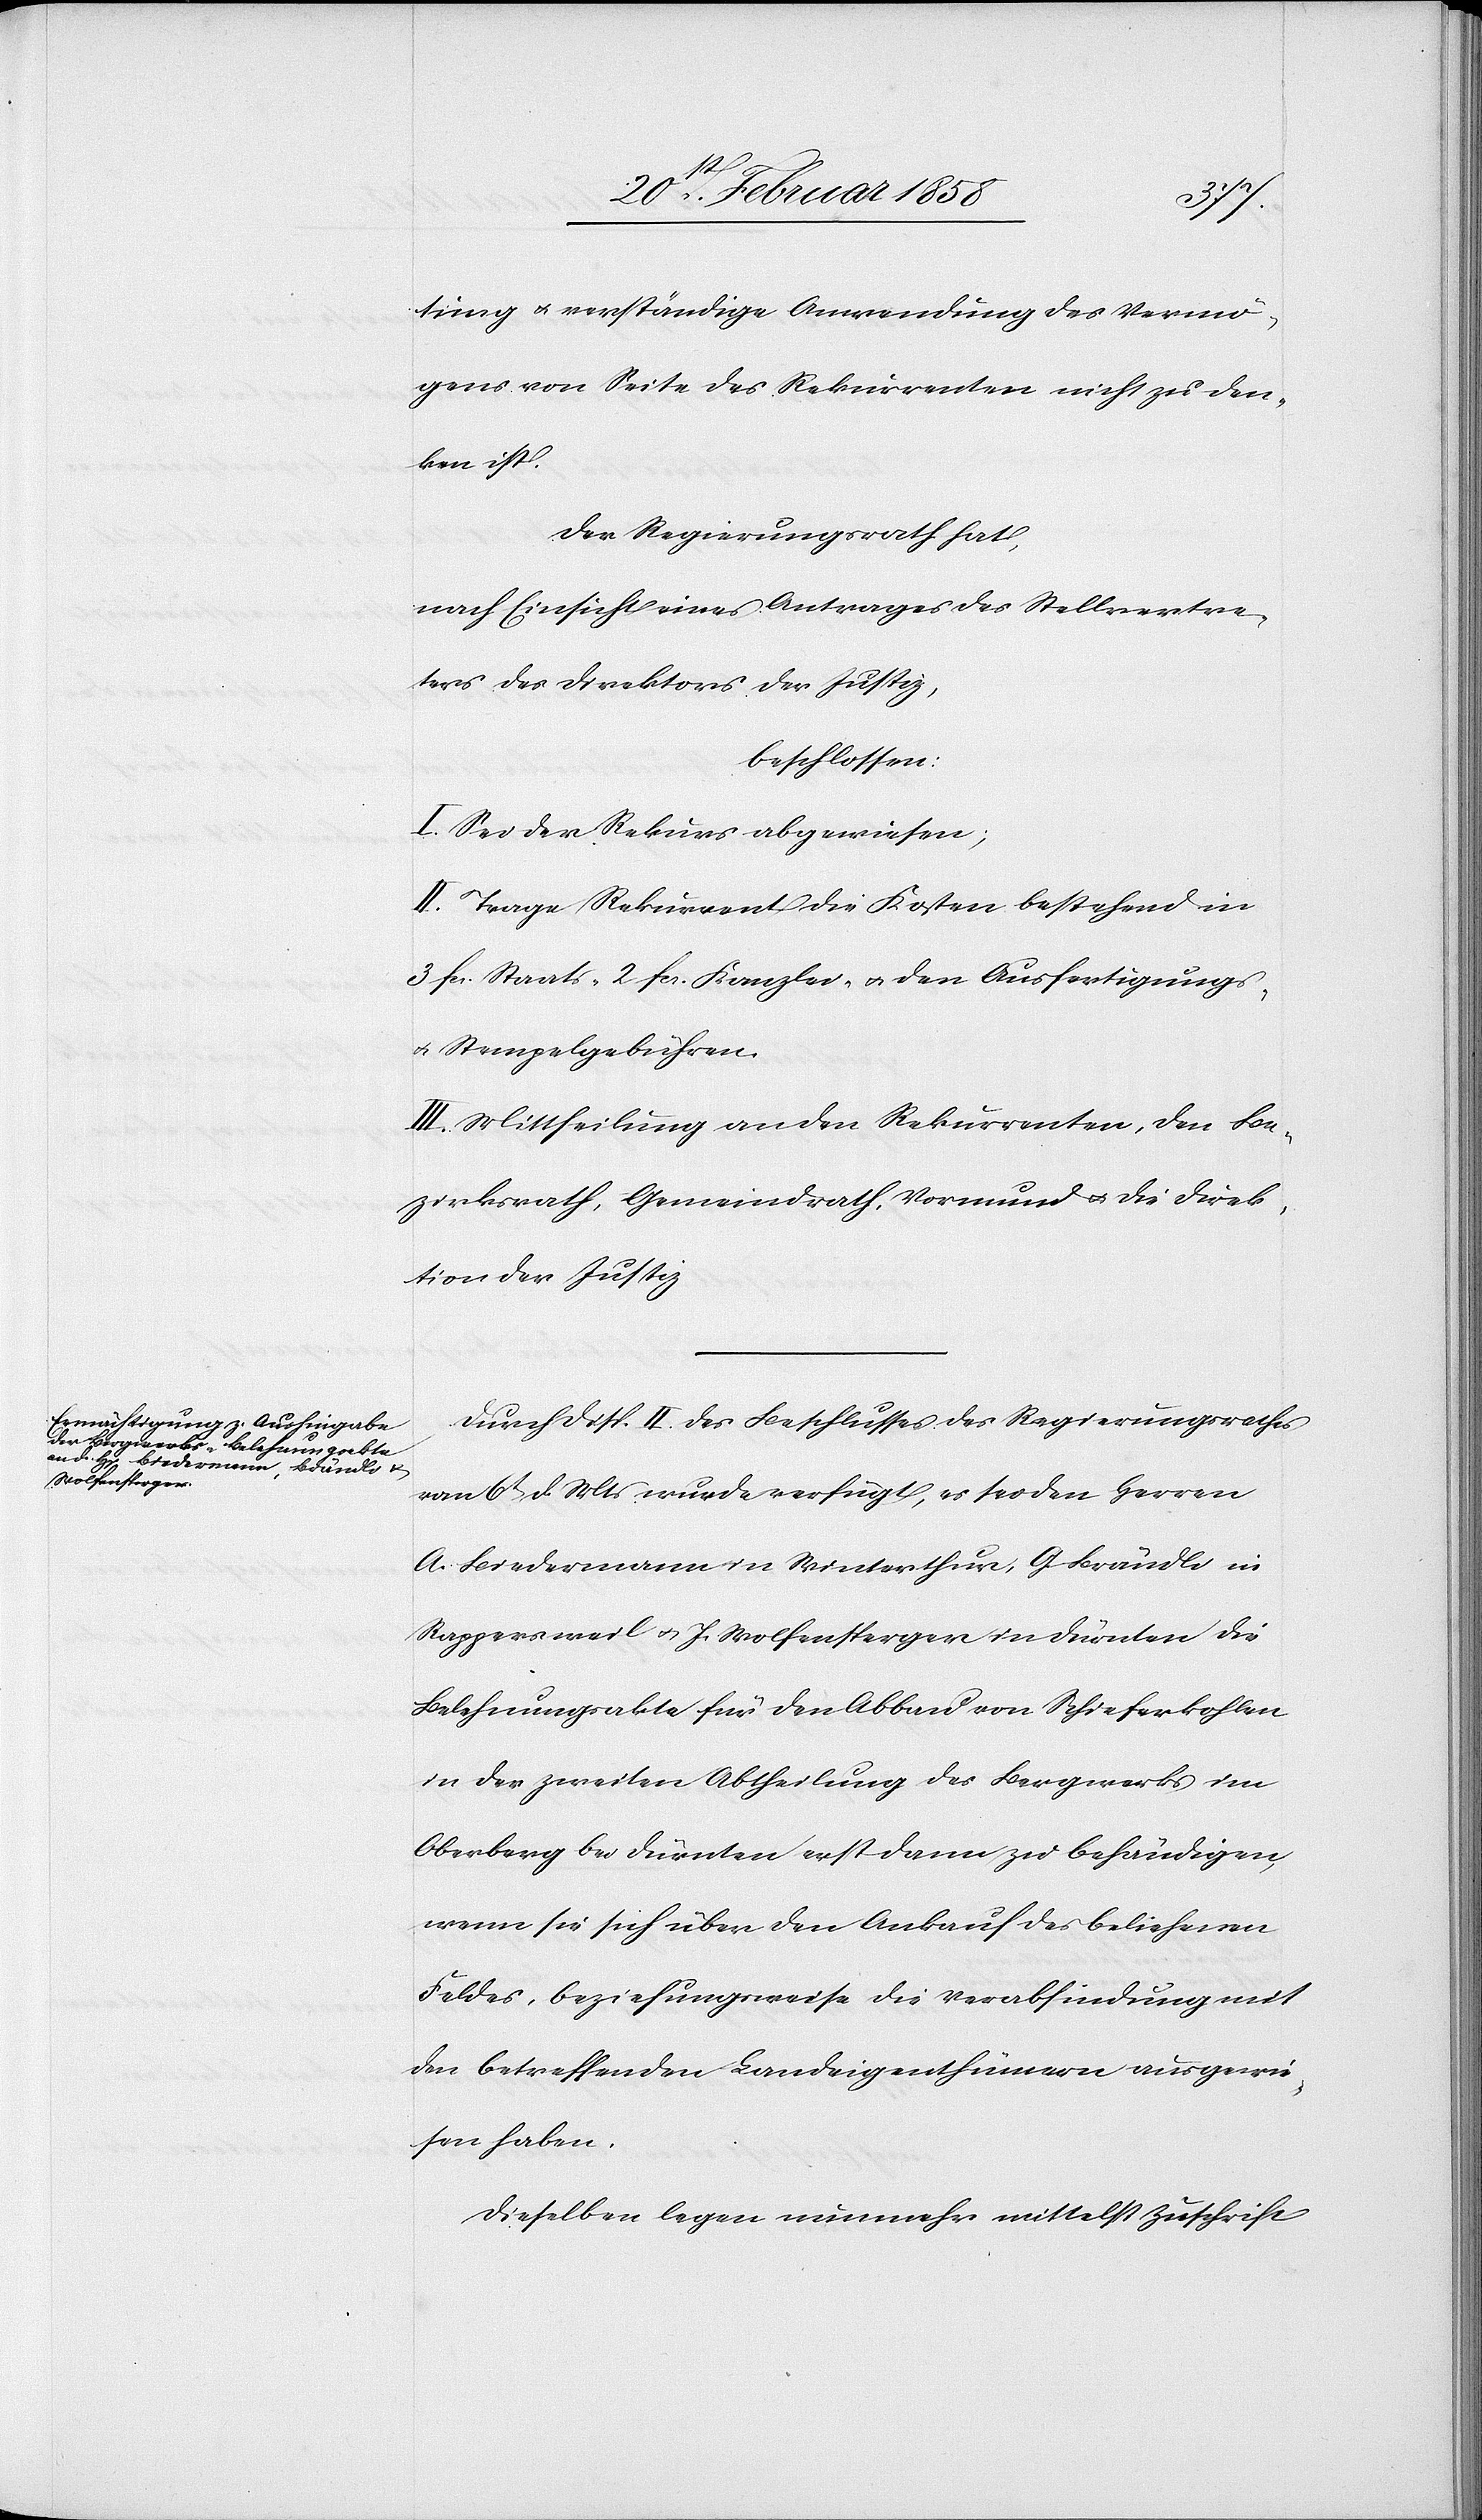
tung u. verständige Anwendung des Vermö¬
gens von Seite des Rekurrenten nicht zu den¬
ken ist.
Der Regierungsrath hat,
nach Einsicht eines Antrages des Stellvertre¬
ters des Direktors der Justiz,
beschlossen:
I. Sei der Rekurs abgewiesen;
II. Trage Rekurrent die Kosten bestehend in
3 fcs. Staats- 2 fcs. Kanzlei- u. den Ausfertigungs-
u. Stempelgebühren.
III. Mittheilung an den Rekurrenten, den Be¬
zirksrath, Gemeindrath, Vormund u. die Direk¬
tion der Justiz.
Durch Disp. II. des Beschlusses des Regierungsrathes
vom 6t d. Mts wurde verfügt, es sei den Herren
A. Biedermann in Winterthur, G. Brändli in
Rappersweil u. J. Wolfensperger in Dürnten die
Belehnungsakte für den Abbau von Schieferkohlen
in der zweiten Abtheilung des Bergwerks im
Oberberg bei Dürnten erst dann zu behändigen,
wenn sie sich über den Ankauf des beliehenen
Feldes, beziehungsweise die Verabfindung mit
den betreffenden Landeigenthümern ausgewie¬
sen haben.
Dieselben legen nunmehr mittelst Zuschrift